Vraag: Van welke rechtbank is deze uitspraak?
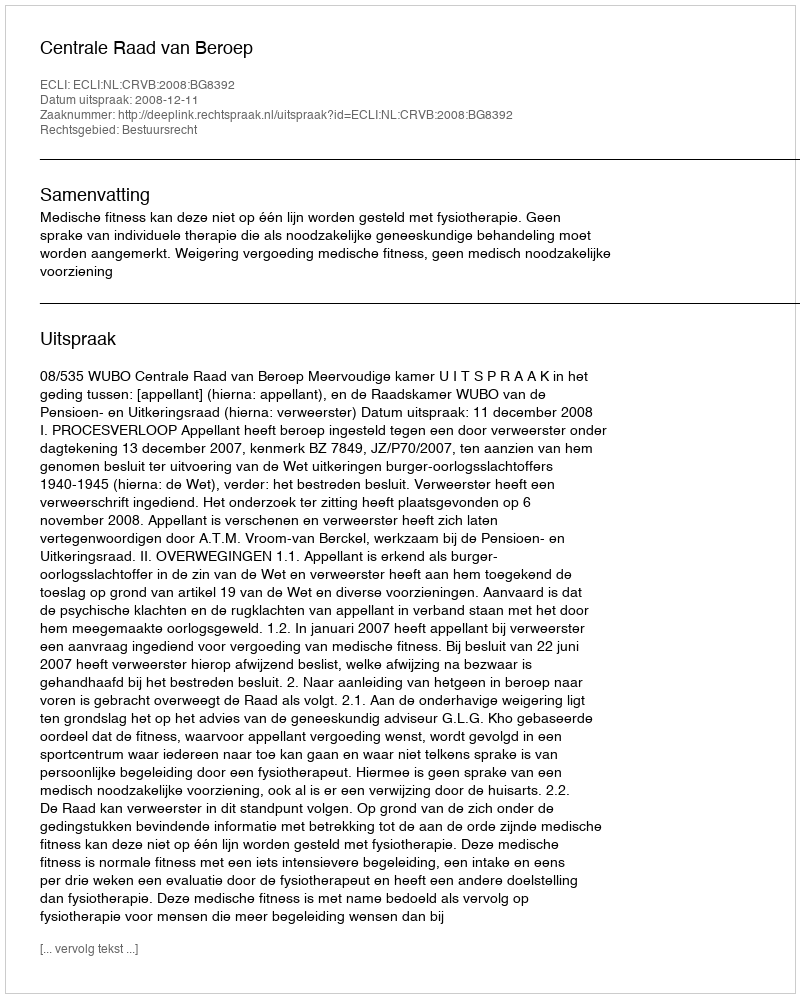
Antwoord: Centrale Raad van Beroep